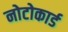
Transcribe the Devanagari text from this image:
नोटोकार्ड